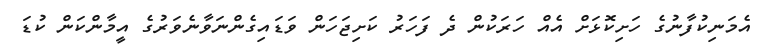
އެމަނިކުފާނުގެ ހަށިކޮޅަށް އެއް ހަރަކުން ދެ ފަހަރު ކަށިޖަހަން ވަޑައިގެންނަވާނެވަރުގެެ އީމާންކަން ކުޑަ